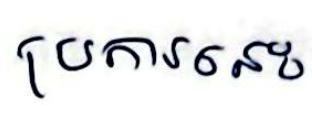
ប្រការនេះ